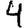
Digit: 4